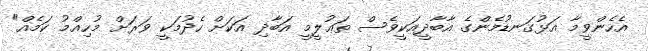
އެހެންވީމާ އަޅުގަނޑުމެންގެ އާބާދީއަކީވެސް ތަޢުލީމީ އަބާދި އަކަށް ހެދުމަކީ ވަރަށް މުހިއްމު ކަމެއް"